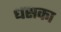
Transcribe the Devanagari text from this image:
धसका